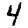
Digit: 4